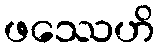
ဖဿေဟိ